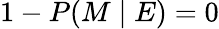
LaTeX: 1-P(M\mid E)=0